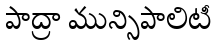
పాద్రా మున్సిపాలిటీ